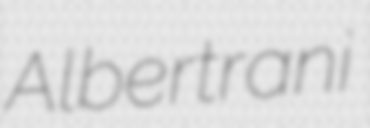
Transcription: Albertrani